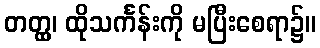
တတ္ထ္လ၊ ထိုသင်္ကန်းကို မပြီးစေရာ၌။